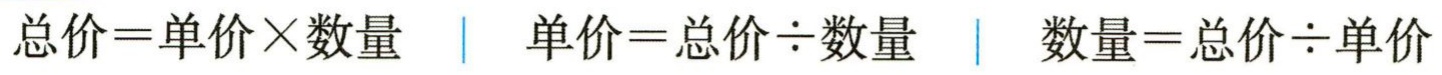
总价=单价×数量  | 单价=总价÷数量  | 数量=总价÷单价